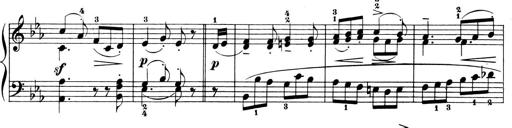
Title: 6 Piano Sonatinas
Composer: Cornelius Gurlitt